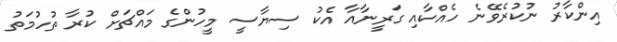
އިންކާރު ނުކުރެވޭނެ ހެއްކާއި ގަރީނާއާ އެކު ސިޔާސީ މީހުންގެ މައްޗަށް ކުރާ ތުހުމަތު